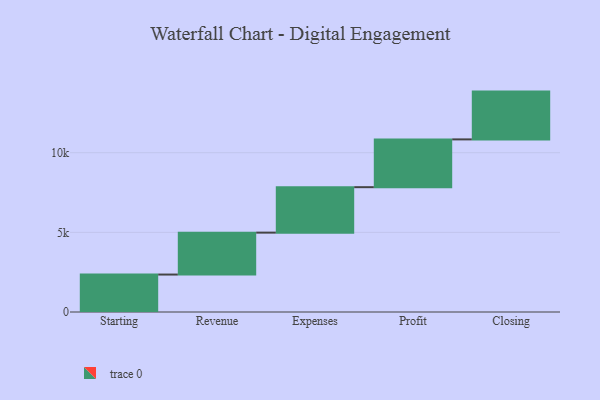
{"axis": {"x": "Step", "y": "Value"}, "legend": [""], "data": [{"x": "Starting", "y": 2351.0, "type": ""}, {"x": "Revenue", "y": 2631.0, "type": ""}, {"x": "Expenses", "y": 2853.0, "type": ""}, {"x": "Profit", "y": 3000, "type": ""}, {"x": "Closing", "y": 3000, "type": ""}]}